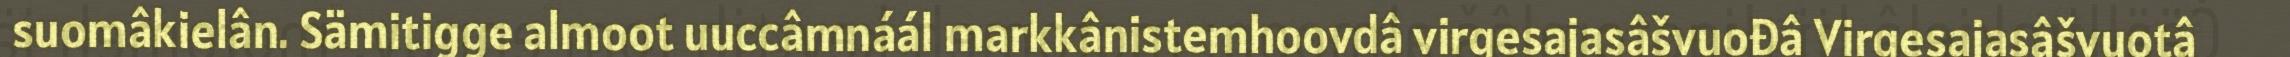
suomâkielân. Sämitigge almoot uuccâmnáál markkânistemhoovdâ virgesajasâšvuođâ Virgesajasâšvuotâ